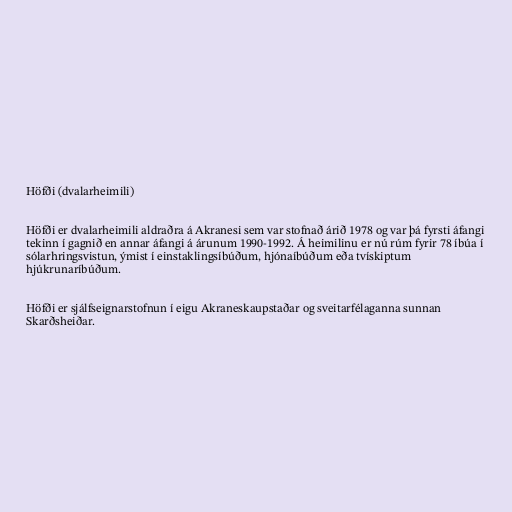
Höfði (dvalarheimili)

Höfði er dvalarheimili aldraðra á Akranesi sem var stofnað árið 1978 og var þá fyrsti áfangi
tekinn í gagnið en annar áfangi á árunum 1990-1992. Á heimilinu er nú rúm fyrir 78 íbúa í
sólarhringsvistun, ýmist í einstaklingsíbúðum, hjónaíbúðum eða tvískiptum
hjúkrunaríbúðum.

Höfði er sjálfseignarstofnun í eigu Akraneskaupstaðar og sveitarfélaganna sunnan
Skarðsheiðar.